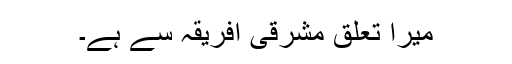
میرا تعلق مشرقی افریقہ سے ہے۔